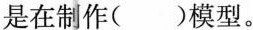
是在制作( )模型。